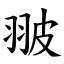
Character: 翍